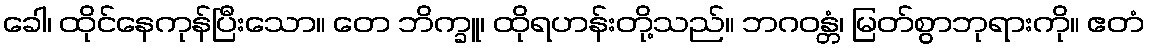
ခေါ၊ ထိုင်နေကုန်ပြီးသော။ တေ ဘိက္ခူ၊ ထိုရဟန်းတို့သည်။ ဘဂဝန္တံ၊ မြတ်စွာဘုရားကို။ ဧတံ